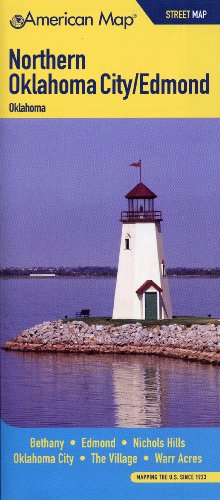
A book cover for Oklahoma City Northern / Edmond OK Street Map (American Map); American Map; Travel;